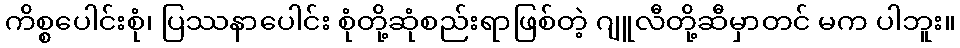
ကိစ္စပေါင်းစုံ၊ ပြဿနာပေါင်း စုံတို့ဆုံစည်းရာဖြစ်တဲ့ ဂျူလီတို့ဆီမှာတင် မက ပါဘူး။